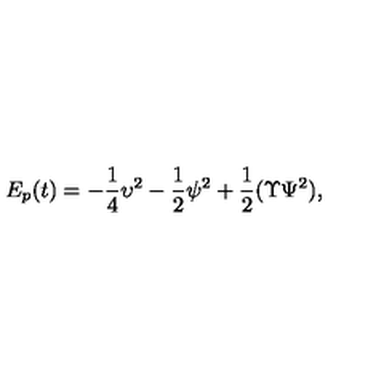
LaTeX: E _ { p } ( t ) = - \frac { 1 } { 4 } \upsilon ^ { 2 } - \frac 1 2 \psi ^ { 2 } + \frac { 1 } { 2 } ( \Upsilon \Psi ^ { 2 } ) ,